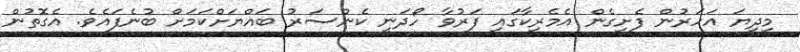
މިދިޔަ އަހަރުން ފެށިގެން އެމެރިކާގައި ފަރުވާ ހޯދަނީ ކެންސަރު ބައްޔަށްކަމަށް ބުނެފައެވެ. އެގޮތުން